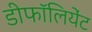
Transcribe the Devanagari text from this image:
डीफॉलियेंट